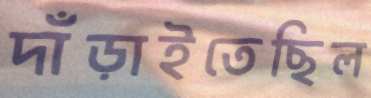
দাঁড়াইতেছিল